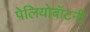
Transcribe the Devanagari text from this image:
पेलियोबॉटनी